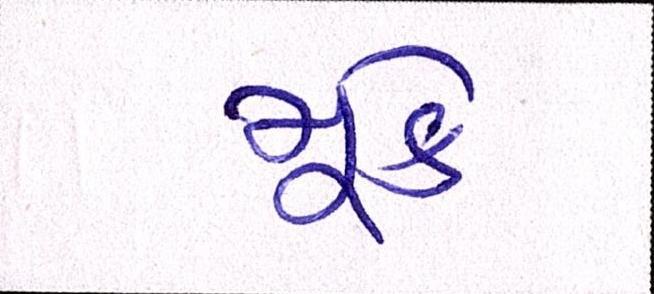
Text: મૂકે